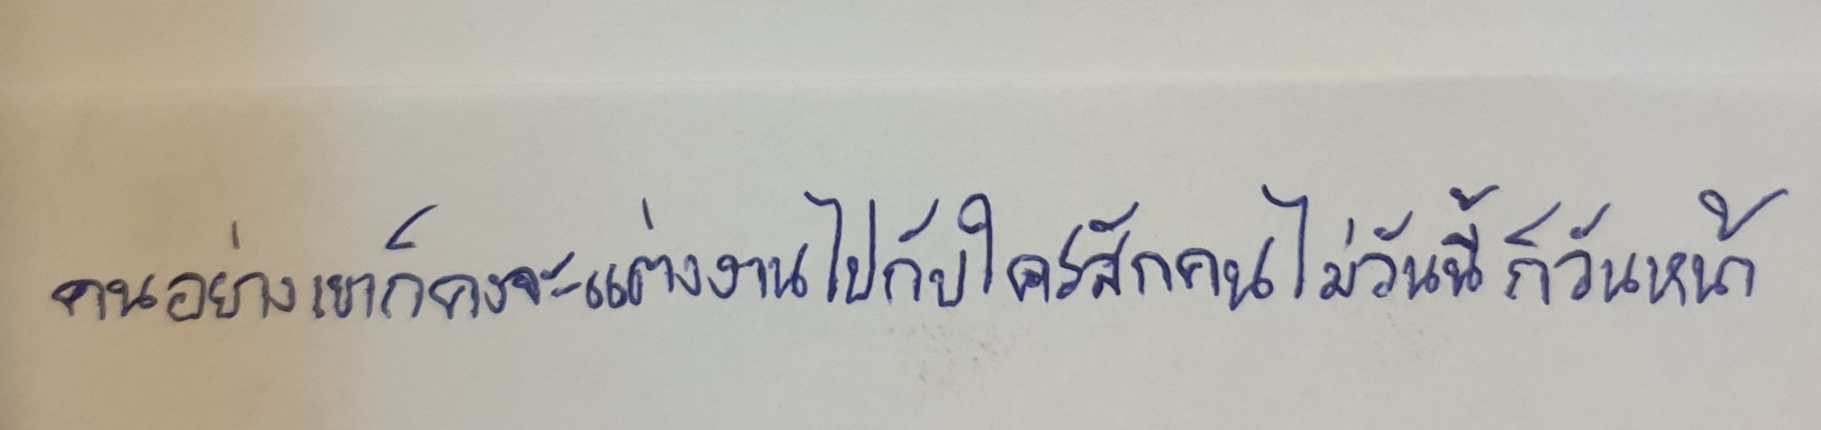
คนอย่างเขาก็คงจะแต่งงานไปกับใครสักคนไม่วันนี้ก็วันหน้า